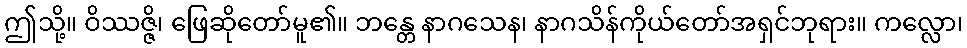
ဤသို့။ ဝိဿဇ္ဇိ၊ ဖြေဆိုတော်မူ၏။ ဘန္တေ နာဂသေန၊ နာဂသိန်ကိုယ်တော်အရှင်ဘုရား။ ကလ္လော၊